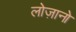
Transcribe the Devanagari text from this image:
लोज़ानो